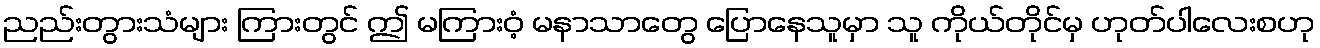
ညည်းတွားသံများ ကြားတွင် ဤ မကြားဝံ့ မနာသာတွေ ပြောနေသူမှာ သူ ကိုယ်တိုင်မှ ဟုတ်ပါလေးစဟု